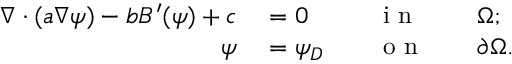
\begin{array} { r l r l r l } { \nabla \cdot ( a \nabla \psi ) - b B ^ { \prime } ( \psi ) + c } & { { } = 0 } & { } & { { } \mathrm { ~ i ~ n ~ } } & { } & { { } \Omega ; } \\ { \psi } & { { } = \psi _ { D } } & { } & { { } \mathrm { ~ o ~ n ~ } } & { } & { { } \partial \Omega . } \end{array}